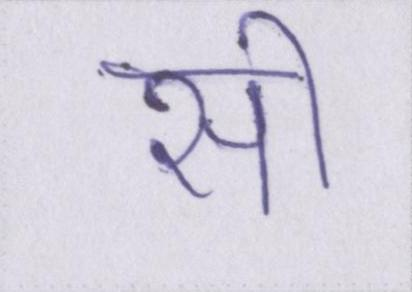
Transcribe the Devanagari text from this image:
सी